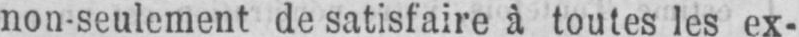
non-seulement de satisfaire à toutes les ex-